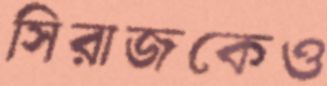
সিরাজকেও